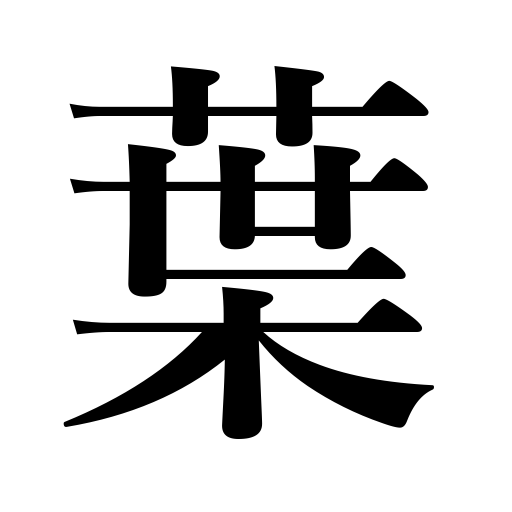
Meanings: frond,lobe,spear,blade,leaf,needle,counter for flat things,plane,foliage